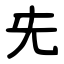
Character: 兂